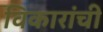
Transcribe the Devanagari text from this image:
विकारांची